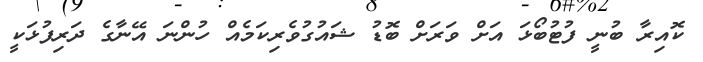
ކޮއިރާ ބުނީ ފުޓުބޯޅަ އަށް ވަރަށް ބޮޑު ޝައުގުވެރިކަމެއް ހުންނަ އޭނާގެ ދަރިފުޅަކީ